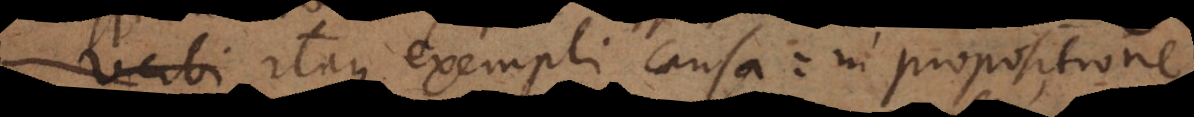
Verbi Itaque exempli causa: in propositione,